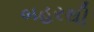
બહરથી